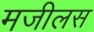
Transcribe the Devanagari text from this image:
मजीलस